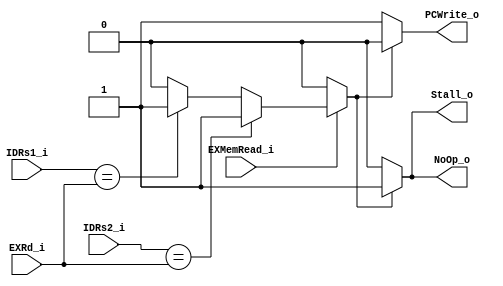

module HzDetectionUnit(EXMemRead_i,EXRd_i,IDRs1_i,IDRs2_i,
    NoOp_o,Stall_o,PCWrite_o);
/*
we have to implement a
hazard detection unit to detect whether to stall the pipeline or
to flush when a control hazard happens. The hazard detection unit
detects whether the rd in EX stage is the same as rs1 or rs2 in ID stage.
If so, adding a nop (no operation) to the pipeline to resolve data hazard.
*/
input EXMemRead_i;
input [4:0] IDRs1_i, IDRs2_i, EXRd_i;
output PCWrite_o, NoOp_o, Stall_o;
reg flag;
initial begin
    flag = 0;
end
always@(*)begin
    flag = 1'b0;
    // if load
    if (EXMemRead_i == 1'b1) begin
        // if use immediately after (use rs1)
        if (IDRs1_i == EXRd_i) begin
            flag = 1'b1;
        end
        // ~(use rs2)
        if (IDRs2_i == EXRd_i) begin
            flag = 1'b1;
        end
    end
end
assign PCWrite_o = (flag == 1'b1)?  1'b0:1'b1;
assign NoOp_o = (flag == 1'b1)?  1'b1:1'b0;
assign Stall_o= (flag == 1'b1)?  1'b1:1'b0;
endmodule
/*
// test bench
module HzDetectionUnit_tb;
reg EXMemRead;
reg [4:0] EXRd, IDRs1, IDRs2;
wire NoOp, Stall, PCWrite;    // output control signal as ALU's input
HzDetectionUnit uut(
    .EXMemRead_i(EXMemRead),
    .EXRd_i(EXRd),
    .IDRs1_i(IDRs1),
    .IDRs2_i(IDRs2),
    .PCWrite_o(PCWrite),
    .NoOp_o(NoOp),
    .Stall_o(Stall)
    ); //by-order passing arguments
initial
	begin
		$dumpfile("HzDetectionUnit_tb.vcd"); //fsdb vcd
		$dumpvars(0, HzDetectionUnit_tb);
		#50 EXMemRead = 1'b0; EXRd = 5'b00000; IDRs1 = 5'b00000; IDRs2 = 5'b00000;
        $monitor("NoOp = %b", NoOp); // 0
        #50 EXMemRead = 1'b1; EXRd = 5'b00000; IDRs1 = 5'b00000; IDRs2 = 5'b00001;
        $monitor("NoOp = %b", NoOp); // 1
        #50 EXMemRead = 1'b1; EXRd = 5'b11110; IDRs1 = 5'b00000; IDRs2 = 5'b00000;
        $monitor("NoOp = %b", NoOp); // 0
        #50 EXMemRead = 1'b1; EXRd = 5'b11111; IDRs1 = 5'b00001; IDRs2 = 5'b11111;
        $monitor("NoOp = %b", NoOp); // 1
		#50 $finish;
	end
endmodule
*/